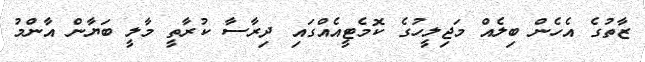
ޒާތުގެ އެހެން ބިލެއް މަޖިލީހުގެ ކޮމެޓީއެއްގައި ދިރާސާ ކުރާތީ މާލީ ބަޔާން އާންމު